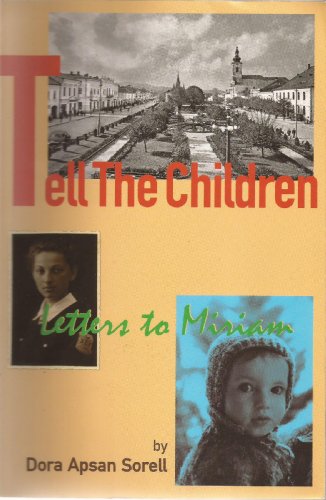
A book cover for Tell the Children, Letters to Miriam; Dora A. Sorell; History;